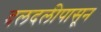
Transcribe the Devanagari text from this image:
दलदलीपासून